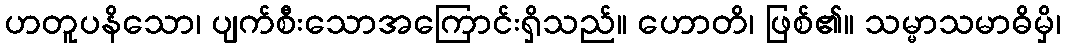
ဟတူပနိသော၊ ပျက်စီးသောအကြောင်းရှိသည်။ ဟောတိ၊ ဖြစ်၏။ သမ္မာသမာဓိမှိ၊